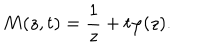
M ( z , t ) = \frac { 1 } { z } + t \varphi ( z ) .